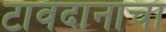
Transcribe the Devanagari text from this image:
टावदानाचा